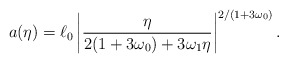
\begin{align*}a(\eta )=\ell _0\left| \frac{\eta }{2(1+3\omega_0)+3\omega _1\eta}\right|^{2/(1+3\omega_0)}.\end{align*}